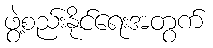
ဖွဲ့စည်းနိုင်ရေးအတွက်